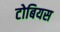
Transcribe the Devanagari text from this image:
टोबियस